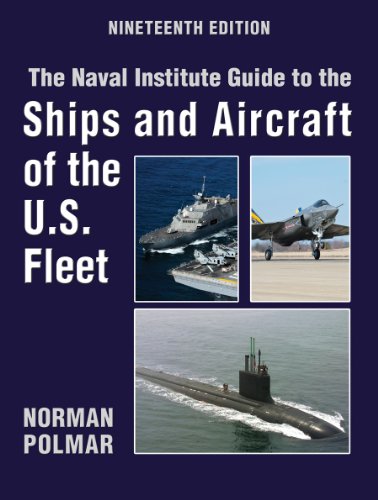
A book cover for Naval Institute Guide to the Ships and Aircraft of the U.S. Fleet, 19th Edition (Naval Institute Guide to the Ships & Aircraft of the U.S. Fleet); Norman Polmar; Engineering & Transportation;